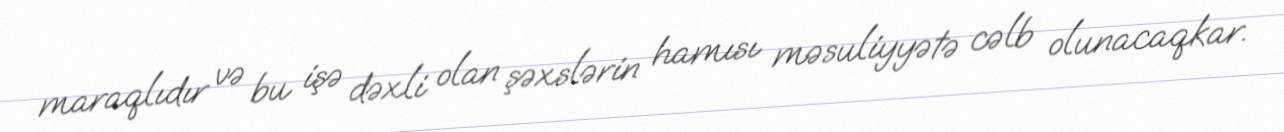
maraqlıdır və bu işə dəxli olan şəxslərin hamısı məsuliyyətə cəlb olunacaqkar.